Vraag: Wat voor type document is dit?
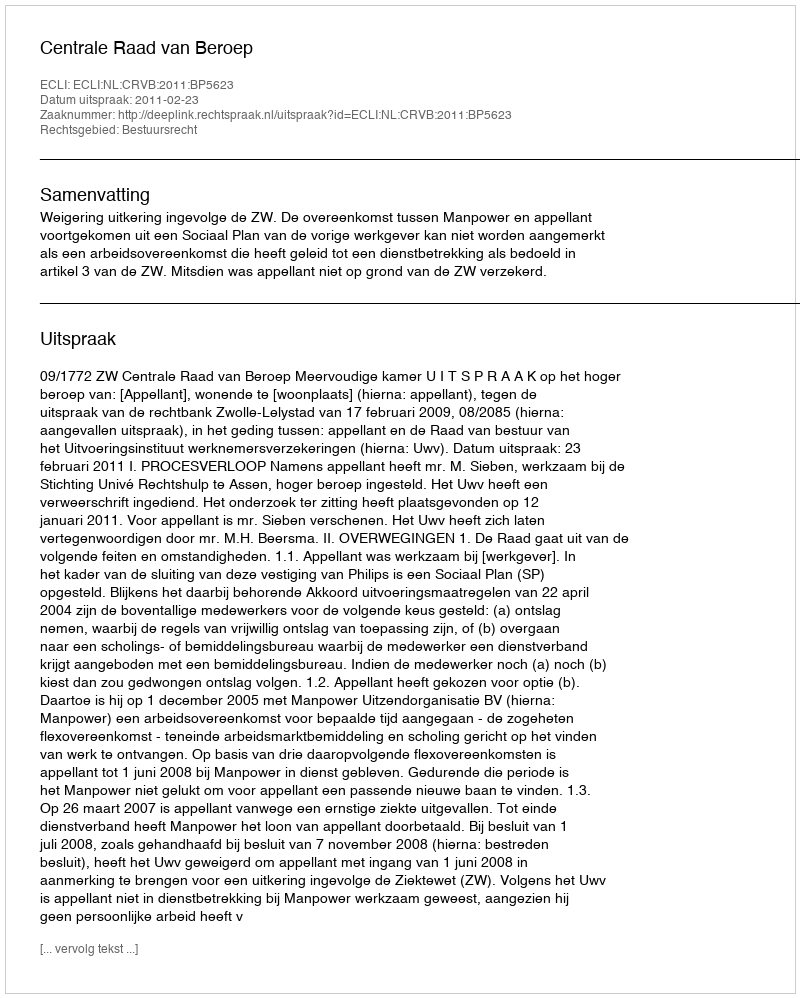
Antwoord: Uitspraak